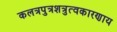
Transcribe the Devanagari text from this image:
कलत्रपुत्रशत्रुत्वकारणाय